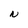
Character: N